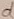
Text: d